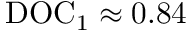
\mathrm { D O C } _ { 1 } \approx 0 . 8 4